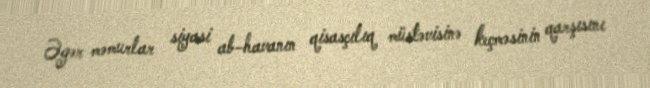
Əgər məmurlar siyasi ab-havanın qisasçılıq müstəvisinə keçməsinin qarşısını